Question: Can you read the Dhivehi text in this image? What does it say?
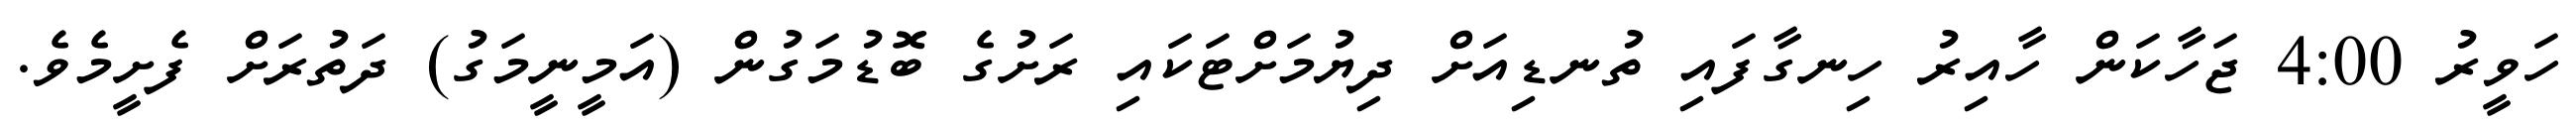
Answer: ހަވީރު 4:00 ޖަހާކަން ހާއިރު ހިނގާފައި ތުނޑިއަށް ދިޔުމަށްޓަކައި ރަށުގެ ބޮޑުމަގުން (އަމީނީމަގު) ދަތުރަށް ފެށީމެވެ.